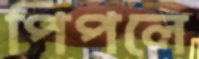
পিপলে